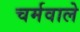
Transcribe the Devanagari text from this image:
चर्मवाले